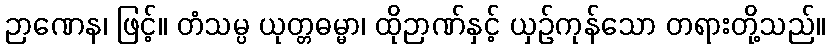
ဉာဏေန၊ ဖြင့်။ တံသမ္ပ ယုတ္တဓမ္မာ၊ ထိုဉာဏ်နှင့် ယှဉ်ကုန်သော တရားတို့သည်။